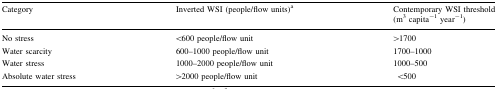
<table><thead><tr><td><b>Category</b></td><td><b>Inverted WSI (people/flow units)<sup>a</sup></b></td><td><b>Contemporary WSI threshold (m<sup>3</sup> capita<sup>−1</sup> year<sup>−1</sup>)</b></td></tr></thead><tbody><tr><td>No stress</td><td>&lt;600 people/flow unit</td><td>&gt;1700</td></tr><tr><td>Water scarcity</td><td>600–1000 people/flow unit</td><td>1700–1000</td></tr><tr><td>Water stress</td><td>1000–2000 people/flow unit</td><td>1000–500</td></tr><tr><td>Absolute water stress</td><td>&gt;2000 people/flow unit</td><td>&lt;500</td></tr></tbody></table>